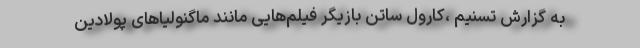
به گزارش تسنیم ،کارول ساتن بازیگر فیلم‌هایی مانند ماگنولیاهای پولادین